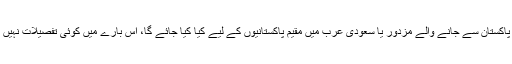
لیکن اس سے پاکستان سے جانے والے مزدور یا سعودی عرب میں مقیم پاکستانیوں کے لیے کیا کیا جائے گا، اس بارے میں کوئی تفصیلات نہیں بتائی گئی ہیں۔